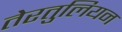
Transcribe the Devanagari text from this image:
तेरतुलियन